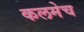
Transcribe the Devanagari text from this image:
कलमेच